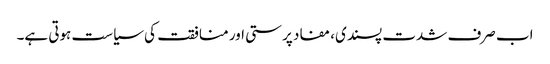
اب صرف شدت پسندی، مفاد پرستی اور منافقت کی سیاست ہوتی ہے۔